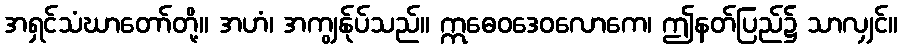
အရှင်သံဃာတော်တို့။ အဟံ၊ အကျွန်ုပ်သည်။ ဣဓေဝဒေဝလောကေ၊ ဤနတ်ပြည်၌ သာလျှင်။